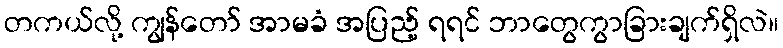
တကယ်လို့ ကျွန်တော် အာမခံ အပြည့် ရရင် ဘာတွေကွာခြားချက်ရှိလဲ။